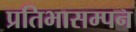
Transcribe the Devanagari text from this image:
प्रतिभासम्पन